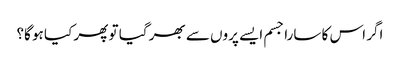
اگر اس کا سارا جسم ایسے پروں سے بھر گیا تو پھر کیا ہو گا؟